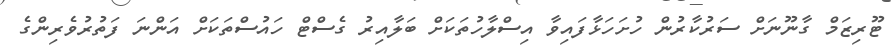
ޓޫރިޒަމް ގާނޫނަށް ސަރުކާރުން ހުށަހަޅާފައިވާ އިސްލާހުތަކަށް ބަލާއިރު ގެސްޓް ހައުސްތަކަށް އަންނަ ފަތުރުވެރިންގެ